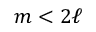
m < 2 \ell